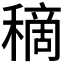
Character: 𥡦